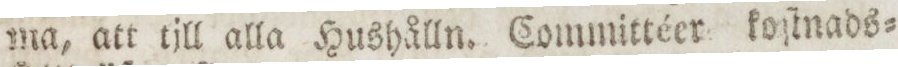
ma, att till alla Hushålln. Committéer koſtnads=